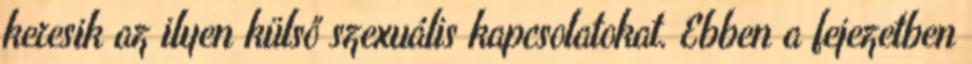
keresik az ilyen külső szexuális kapcsolatokat. Ebben a fejezetben